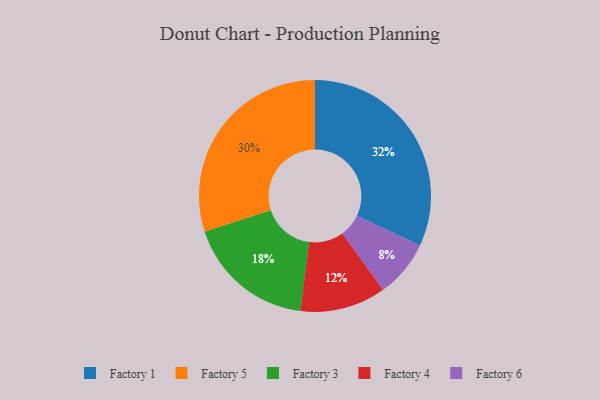
{"axis": {"x": "Category", "y": "Percentage"}, "legend": ["Factory 1", "Factory 3", "Factory 4", "Factory 5", "Factory 6"], "data": [{"x": "Factory 4", "y": 12, "type": "Factory 4"}, {"x": "Factory 5", "y": 30, "type": "Factory 5"}, {"x": "Factory 3", "y": 18, "type": "Factory 3"}, {"x": "Factory 1", "y": 32, "type": "Factory 1"}, {"x": "Factory 6", "y": 8, "type": "Factory 6"}]}